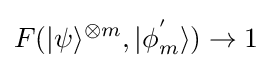
F(|\psi \rangle ^{\otimes m},|\phi _{m}^{'}\rangle )\to 1